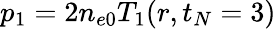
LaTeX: p_{1}=2n_{e0}T_{1}(r,t_{N}=3)